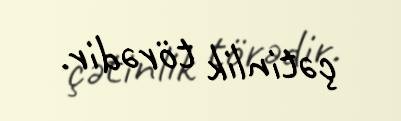
çətinlik törədir.